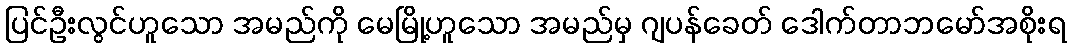
ပြင်ဦးလွင်ဟူသော အမည်ကို မေမြို့ဟူသော အမည်မှ ဂျပန်ခေတ် ဒေါက်တာဘမော်အစိုးရ